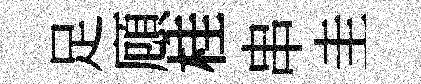
足頋桂串圭